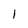
Character: l